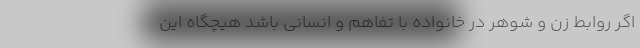
اگر روابط زن و شوهر در خانواده با تفاهم و انسانی باشد هیچگاه این